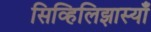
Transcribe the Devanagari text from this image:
सिव्हिलिझास्याँ